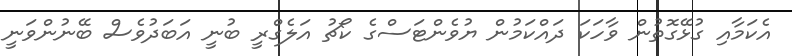
އެކަމާއި ގުޅޭގޮތުން ވާހަކަ ދައްކަމުން ޔުވެންޓަސްގެ ކޯޗު އަލެގްރީ ބުނީ އަބަދުވެސް ބޭނުންވަނީ